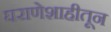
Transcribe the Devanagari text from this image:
घराणेशाहीतून